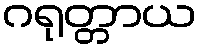
ဂရုတ္တာယ